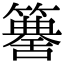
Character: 𥵶